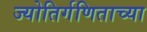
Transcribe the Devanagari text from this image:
ज्योतिर्गणिताच्या